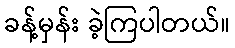
ခန့်မှန်း ခဲ့ကြပါတယ်။